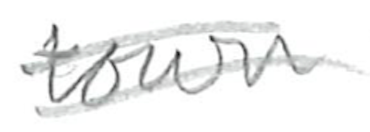
Text: town
Cross-out: double-line
Writing tool: pencil